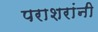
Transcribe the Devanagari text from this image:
पराशरांनी